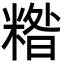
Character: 糌